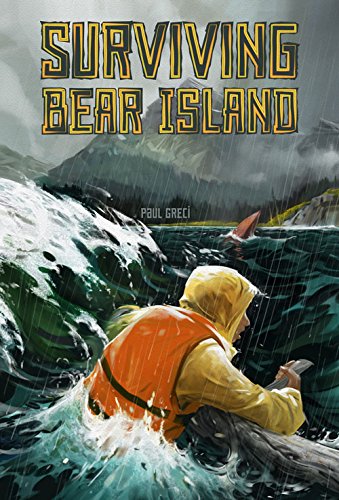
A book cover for Surviving Bear Island; Paul Greci; Children's Books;